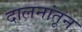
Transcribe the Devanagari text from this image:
दालनांतून